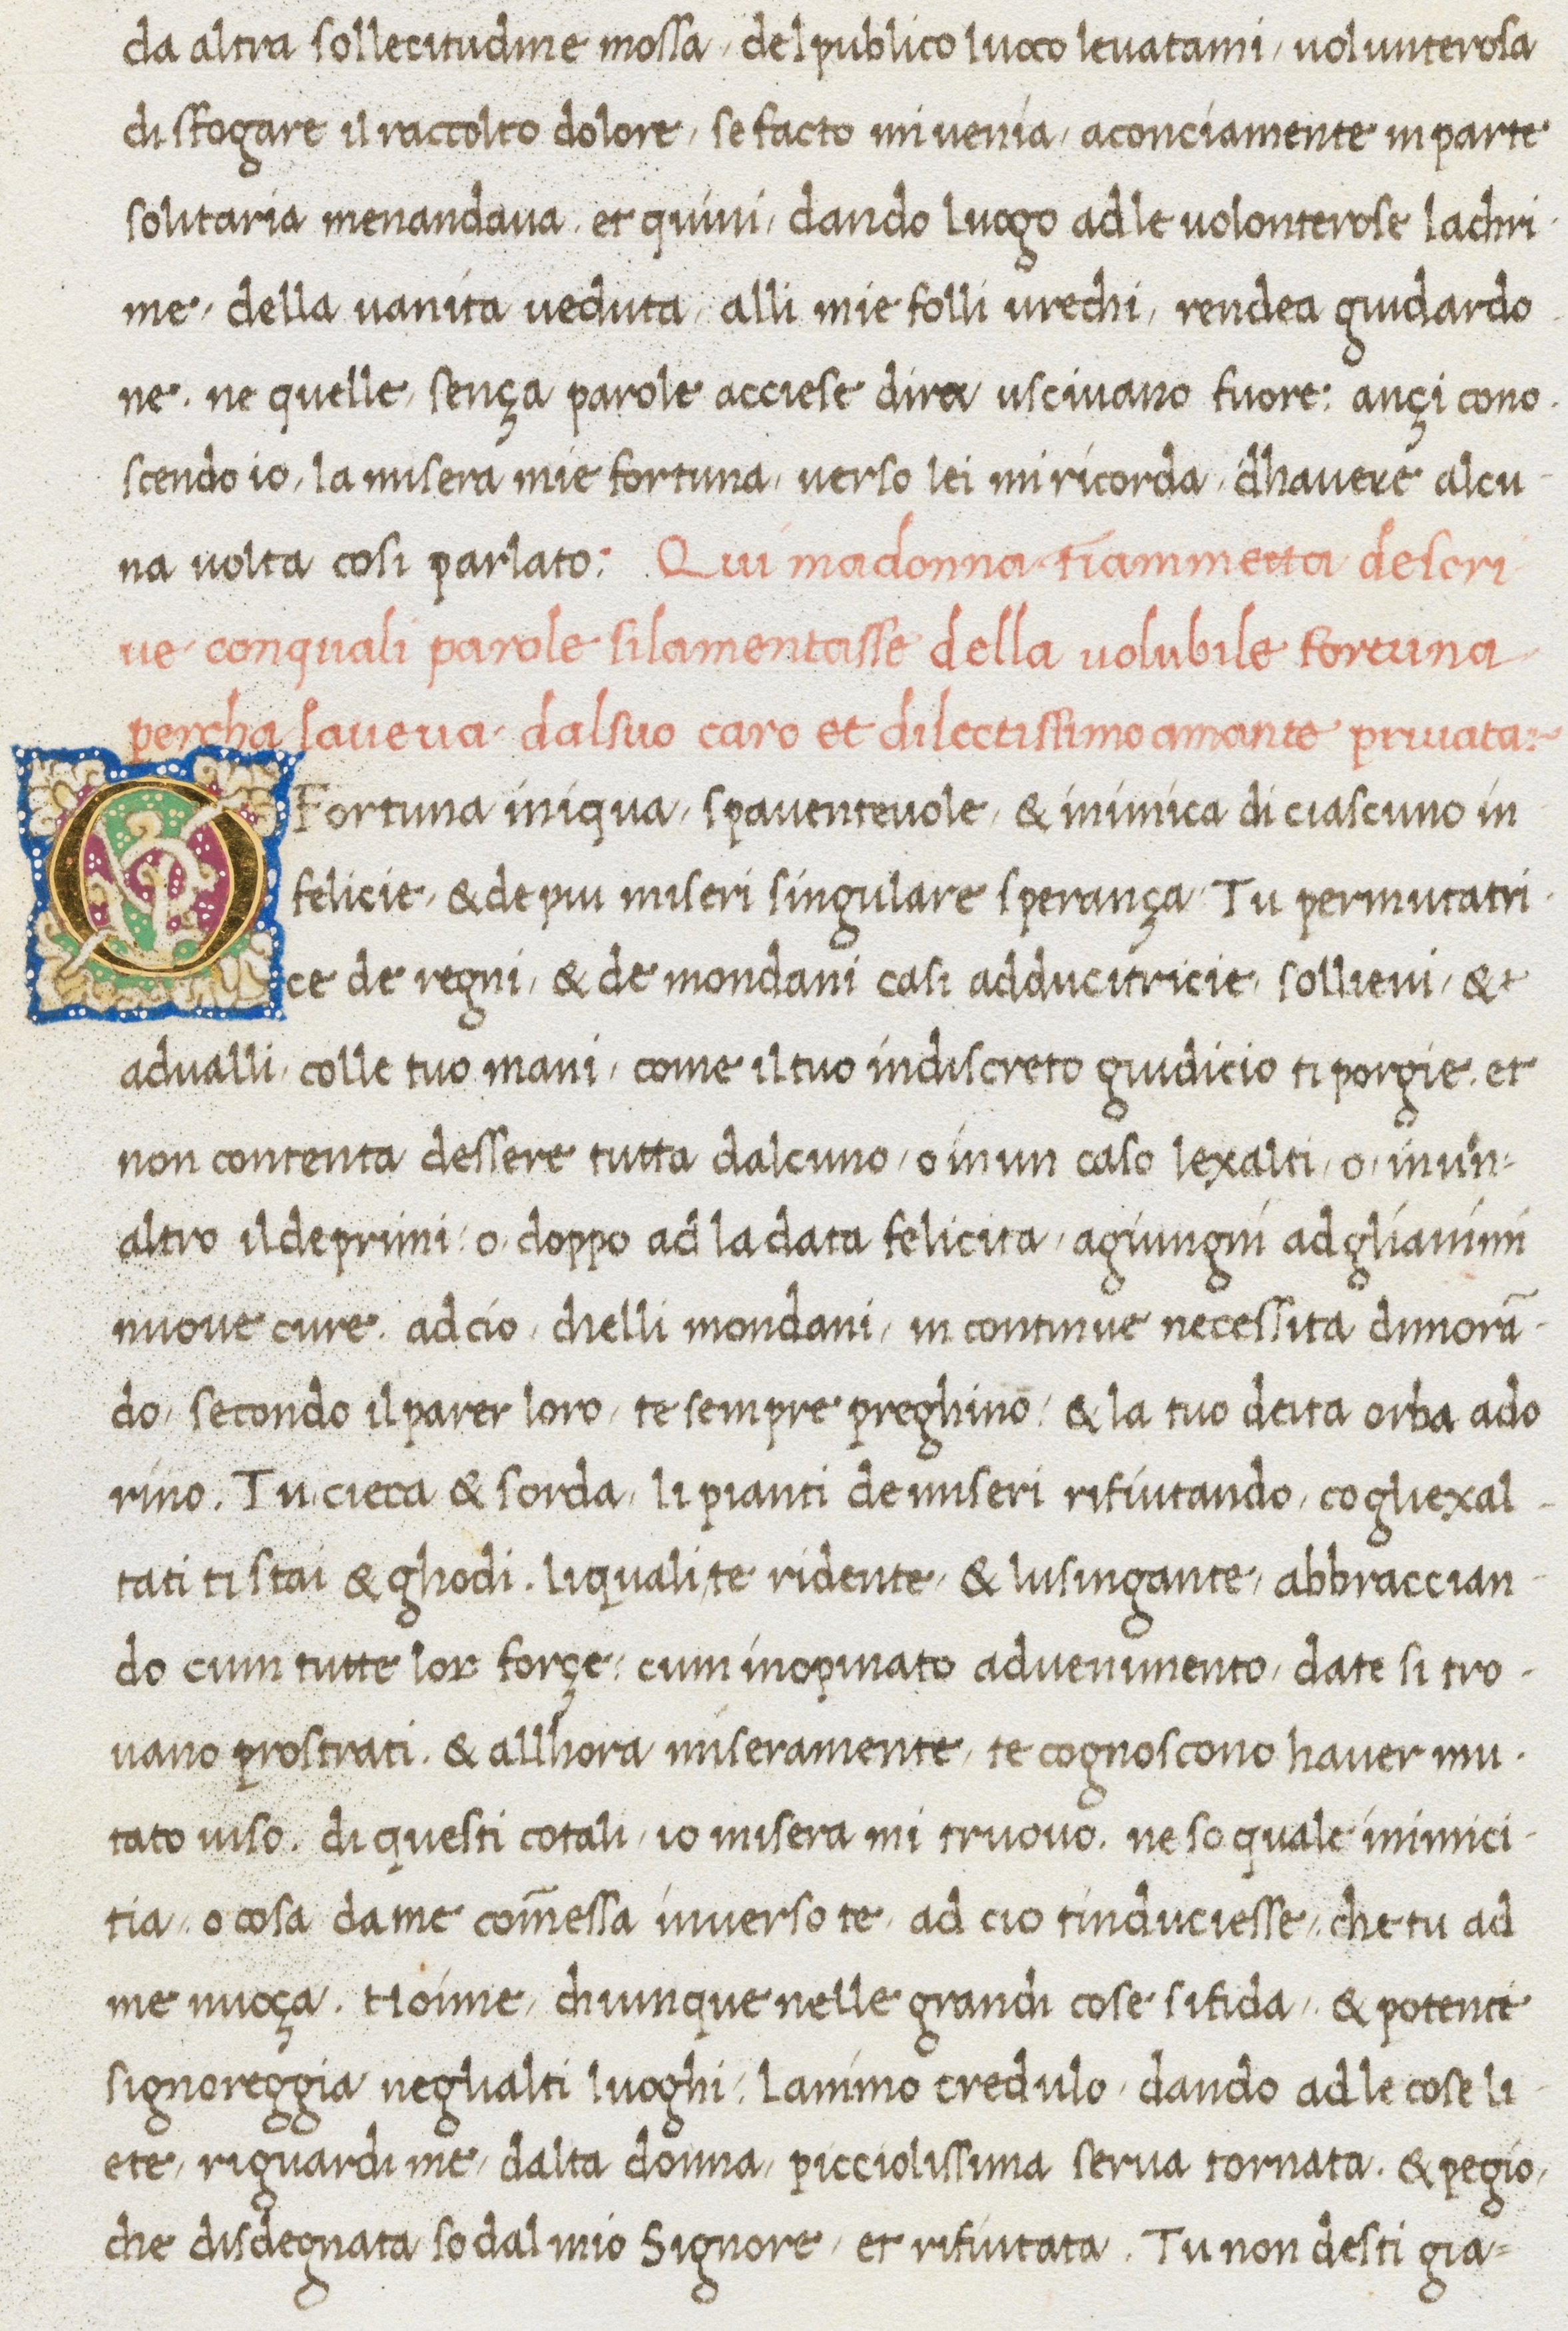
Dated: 1467–1467